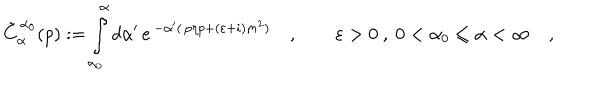
\tilde { C } _ { \alpha } ^ { \, \alpha _ { 0 } } ( p ) : = \int _ { \alpha _ { 0 } } ^ { \alpha } d \alpha ^ { \prime } \, e ^ { \, - \alpha ^ { \prime } ( \, p \eta p + ( \varepsilon + i ) m ^ { 2 } ) } \quad , \qquad \varepsilon > 0 \ , \ 0 < \alpha _ { 0 } \leq \alpha < \infty \quad ,